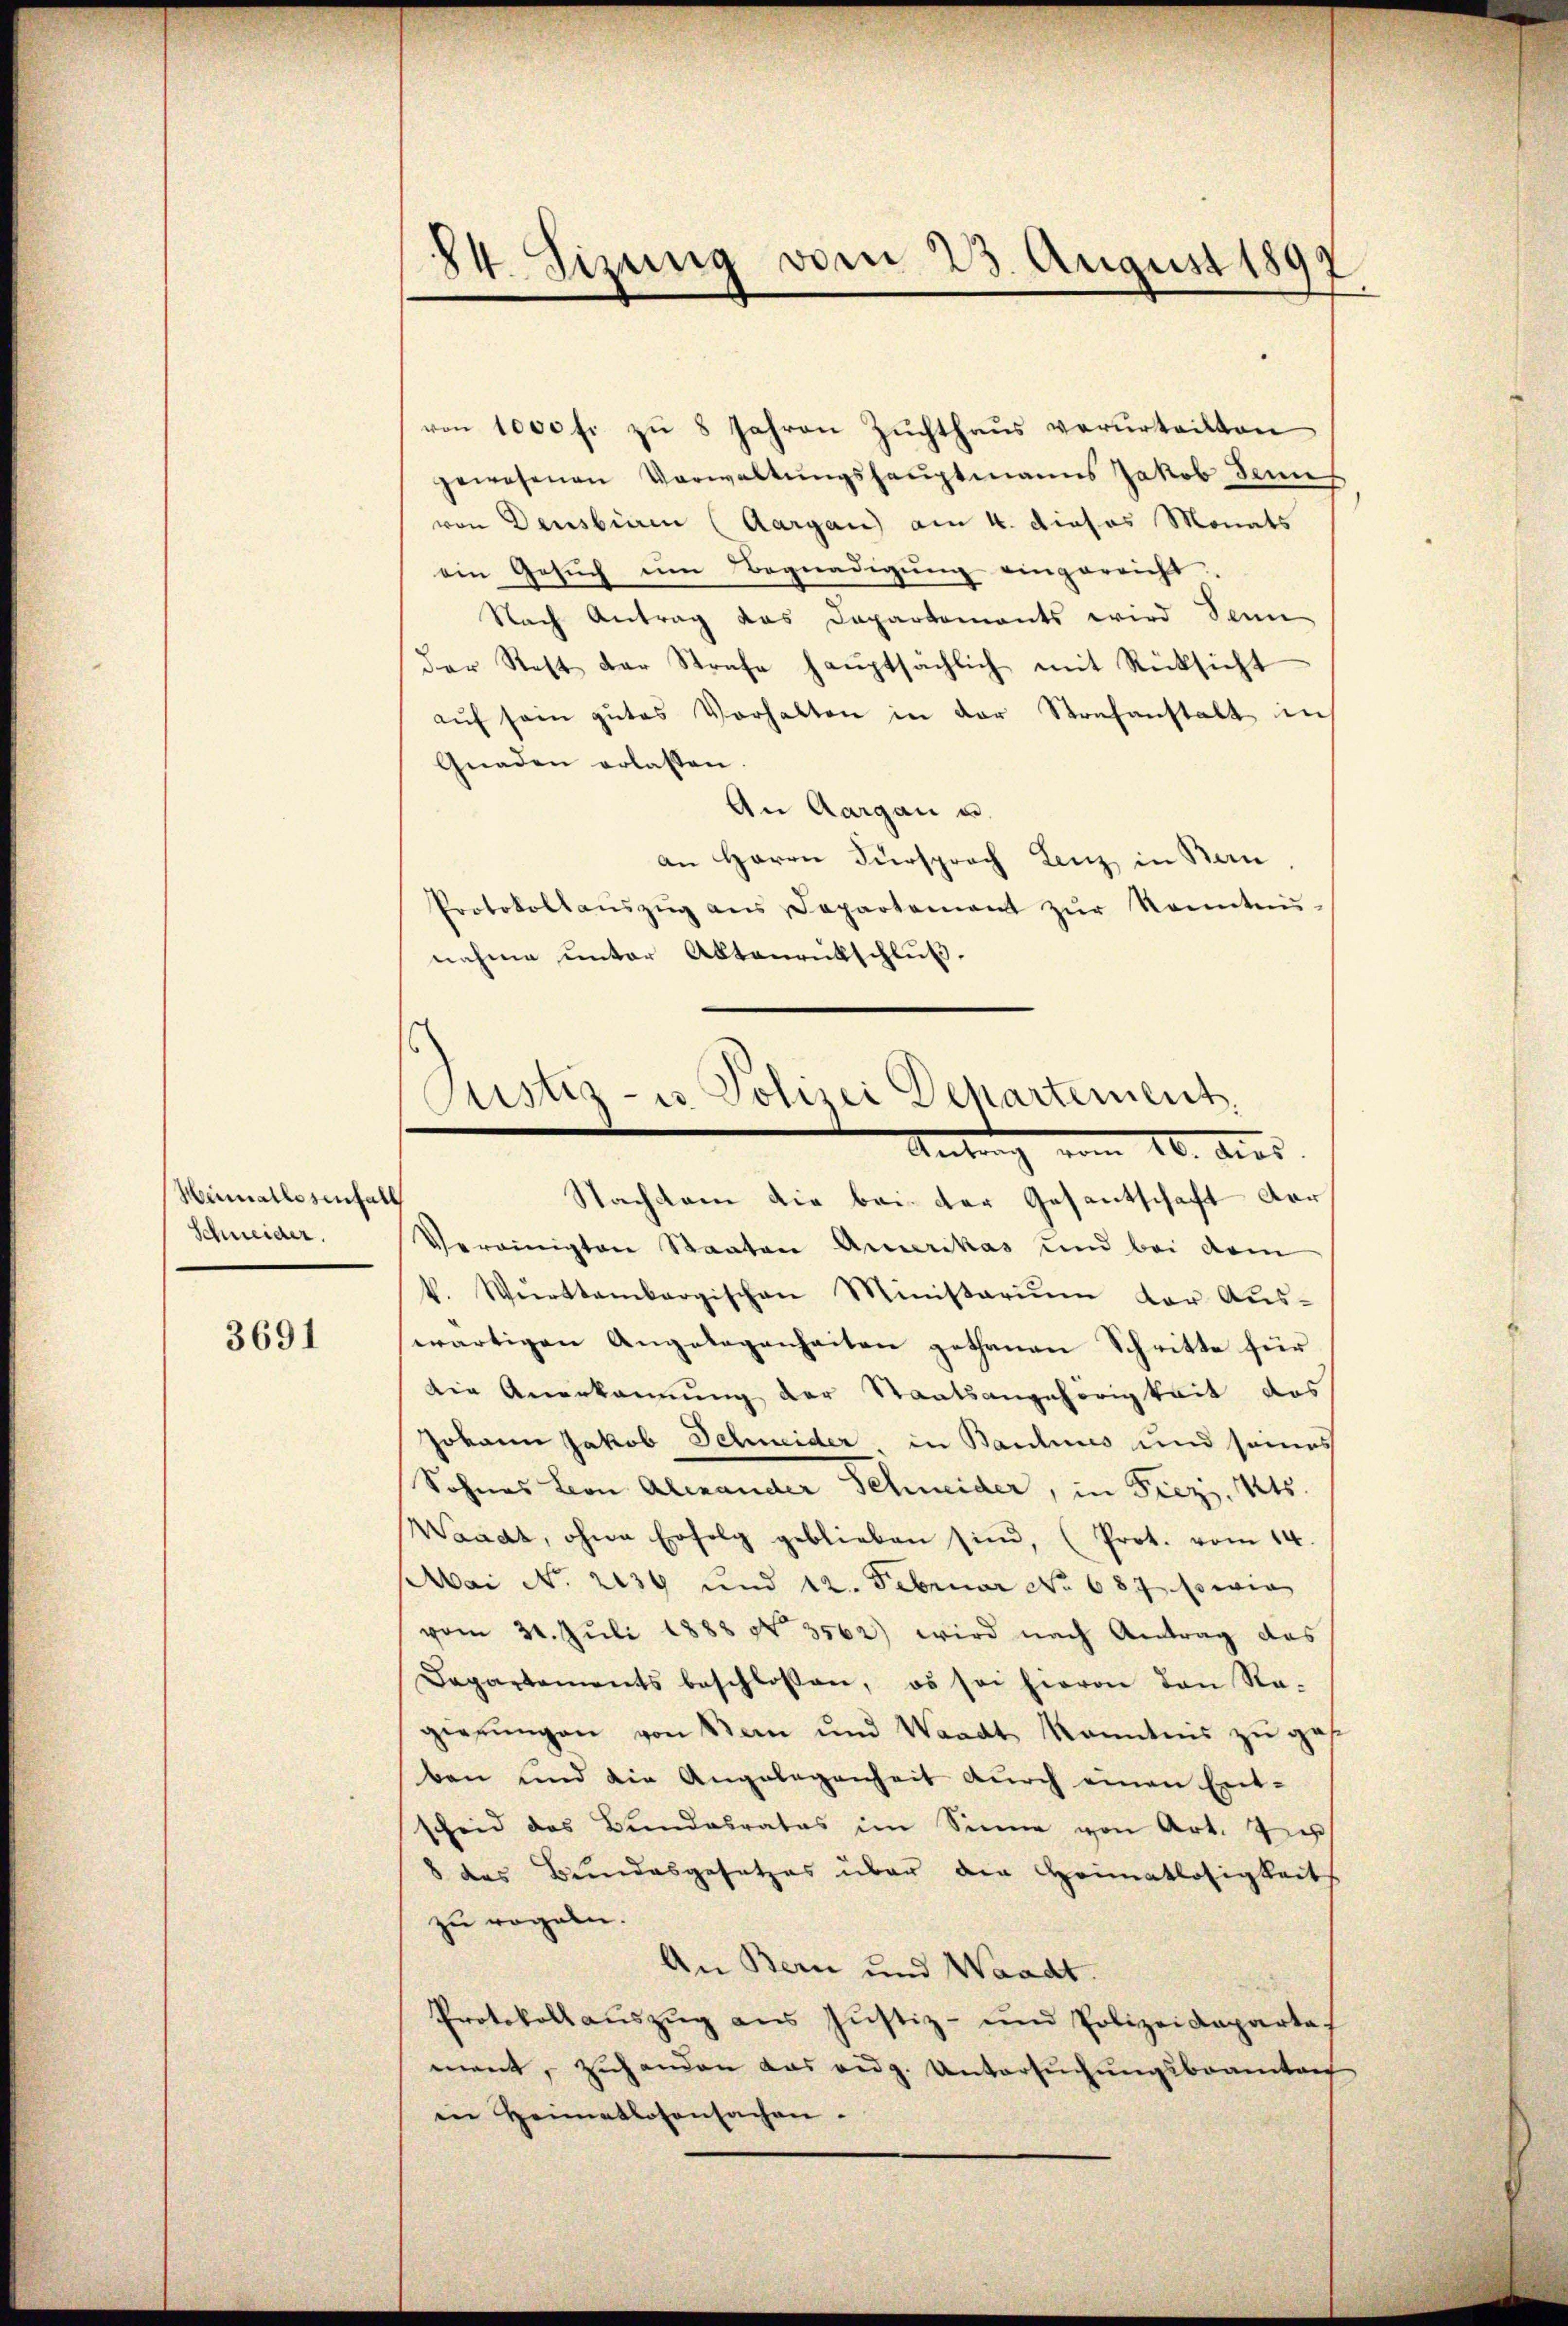
Heimatlosenta
Schneider.

3691

84. Sizung vom 23. August 189

von 1000 fr zu 8 Jahren Zuchthaus verurteilten
gewesenen Verwaltŭngshauptmanns Jakob Senn
von Densbiren (Aargau) am 4. dieses Monats
ein Gesŭch ŭm Begnadigung eingereicht.
Nach Antrag das Dapartements wird Sonn
der Rest der Strafe haŭptsächlich mit Rücksicht
aŭf sein gŭtes Verhalten in der Strafanstalt in
Gnaden erlassen.
An Aargau u.
an Herrn Fürsprach Lenz in Bern
Protokollaŭszŭg ans Departement zŭr Kenntnŭ-
nahme unter Aktenrückschluß.
Vereinigten Staaten Amerikas und bei dem
k. Württembergischen Ministariŭm der Aŭs-
wärtigen Angelegenheiten gethanen Schritte für
die Anerkannung der Staatsangehörigkeit das
Johann Jakob Schneider in Baulines und seines
Sohnes von Alemander Schmider, in Frez. 1245.
Waadt, ohne Erfolg geblieben sind, (Prot. vom 14.
Mai No 2239 und 12. Februar No 687. sowie
vom 30. Juli 1888 No 3562) wird nach Antrag des
Departements beschlossen, es sei hievon den Ra-
gierŭngen von Bern und Waadt Kenntnis zŭ ges
ben und die Angelegenheit durch einen Ent-
scheid das Bundesrates im Sinne von Art. Zu
8 des Bundesgesetzes über den Heimatlosigkeits
zu regeln.
An Bern und Waadt.
Protokoll aŭszŭg aŭs Justiz- und Polizeideparte
ment, zuhanden das eidg. Untersuchungsbeamten
in Heimatlosensachen.

Justiz- u. Polizei Departement.
Antrag vom 16. dies
Nachkam die bei der Gesantschaft der
¬